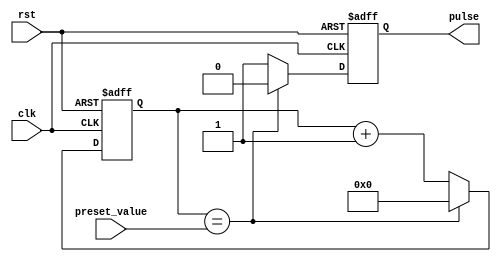
module pulse_width_generator (
    input wire clk,
    input wire rst,
    input wire [7:0] preset_value,
    output reg pulse
);

reg [7:0] counter;

always @(posedge clk or posedge rst) begin
    if (rst) begin
        counter <= 8'd0;
        pulse <= 1'b0;
    end else if (counter == preset_value) begin
        pulse <= 1'b0;
        counter <= 8'd0;
    end else begin
        counter <= counter + 1;
        pulse <= 1'b1;
    end
end

endmodule